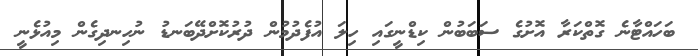
ބަހައްޓާނެ ގޮތްކަރާ އޮށުގެ ސަބަބުން ކިޑްނީގައި ހިލަ އުފެދުމުން ދުރުކޮށްދޭބަނޑު ނުހިނދިގެން މިއުޅެނީ